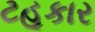
ટહૂકાર